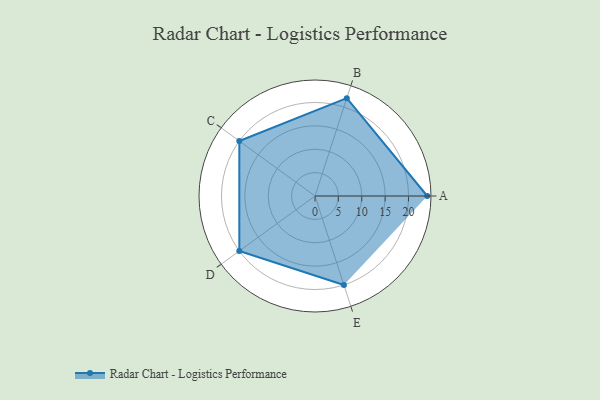
{"axis": {"x": "Skill", "y": "Score"}, "legend": ["Profile"], "data": [{"x": "A", "y": 24.0, "type": "Profile"}, {"x": "B", "y": 22.0, "type": "Profile"}, {"x": "C", "y": 20, "type": "Profile"}, {"x": "D", "y": 20, "type": "Profile"}, {"x": "E", "y": 20, "type": "Profile"}]}